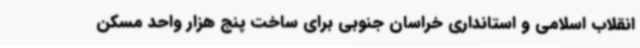
انقلاب اسلامی و استانداری خراسان جنوبی برای ساخت پنج هزار واحد مسکن